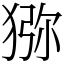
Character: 猕